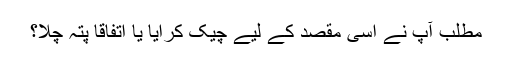
مطلب آپ نے اسی مقصد کے لیے چیک کرایا یا اتفاقا پتہ چلا؟